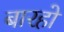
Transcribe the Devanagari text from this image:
बारहो